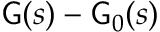
{ \sf G } ( s ) - { \sf G } _ { 0 } ( s )